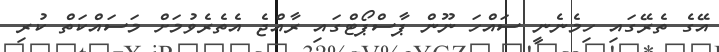
އޭގެ ތެރޭގައި ހިމެނެނީ ސައްހަ ނޫން ޕާސްޕޯޓްގައި ރާއްޖެ އެތެރެވުމަށް މަސައްކަތް ކުރި